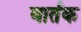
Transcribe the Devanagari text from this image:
वार्तक